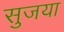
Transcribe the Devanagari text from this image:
सुजया